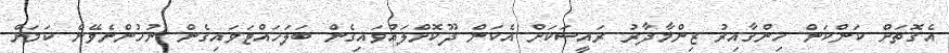
އެގޮތަށް ކަންކަން ހިންގާއިރު ޒިންމާދާރު ރައީސަކަށް އެކަން ދޫކޮށްލައްވައިގެން ބަލަހައްޓަވައިގެން ނުހުންނެވޭނެ ކަމަށް